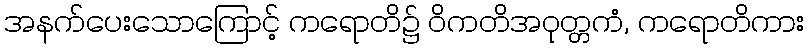
အနက်ပေးသောကြောင့် ကရောတိ၌ ဝိကတိအဝုတ္တကံ, ကရောတိကား